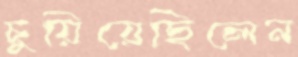
চুয়িয়েছিলেন